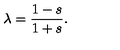
\lambda = \frac { 1 - s } { 1 + s } .